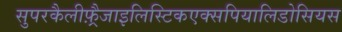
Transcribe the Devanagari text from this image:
सुपरकैलीफ़्रैजाइलिस्टिकएक्सपियालिडोसियस